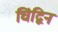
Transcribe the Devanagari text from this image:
चिंद्विन